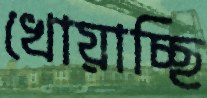
খোয়াচ্ছি